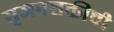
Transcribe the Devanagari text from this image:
सृजनशक्तीची